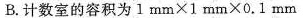
B.计数室的容积为$$1 m m \times 1 m m \times 0 . 1 m m$$